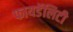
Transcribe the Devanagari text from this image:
फायडॅलिटी